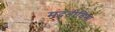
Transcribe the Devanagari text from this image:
मदतीविना